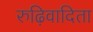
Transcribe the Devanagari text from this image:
रुढ़िवादिता